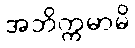
အဘိက္ကမာမိ